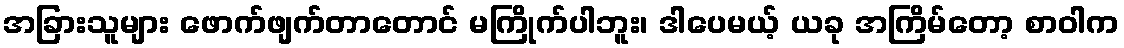
အခြားသူများ ဖောက်ဖျက်တာတောင် မကြိုက်ပါဘူး၊ ဒါပေမယ့် ယခု အကြိမ်တော့ စာဝါက